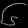
Digit: ၆